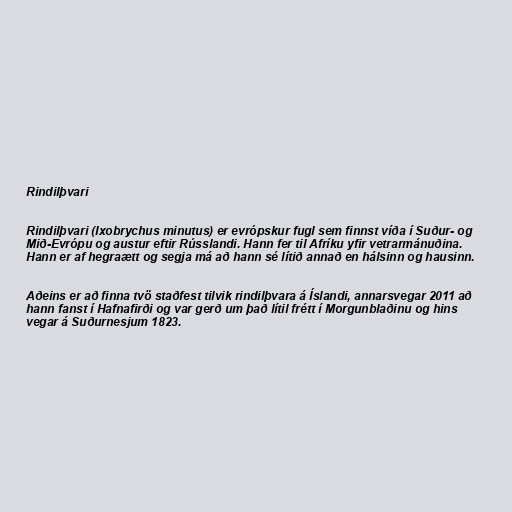
Rindilþvari

Rindilþvari (Ixobrychus minutus) er evr­ópsk­ur fugl sem finnst víða í Suður- og
Mið-Evr­ópu og aust­ur eft­ir Rússlandi. Hann fer til Afr­íku yfir vetr­ar­mánuðina.
Hann er af hegra­ætt og segja má að hann sé lítið annað en háls­inn og haus­inn.

Aðeins er að finna tvö staðfest tilvik rindilþvara á Íslandi, annarsvegar 2011 að
hann fanst í Hafnafirði og var gerð um það lítil frétt í Morgunblaðinu og hins
vegar á Suðurnesjum 1823.